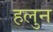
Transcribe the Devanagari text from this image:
हलुन